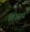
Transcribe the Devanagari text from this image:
विस्त्रथ